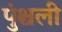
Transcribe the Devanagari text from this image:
पुंश्चली